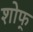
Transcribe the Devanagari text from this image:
शोफ्